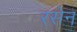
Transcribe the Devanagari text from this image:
रसेन